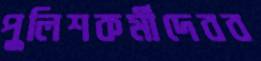
পুলিশকর্মীদেবব